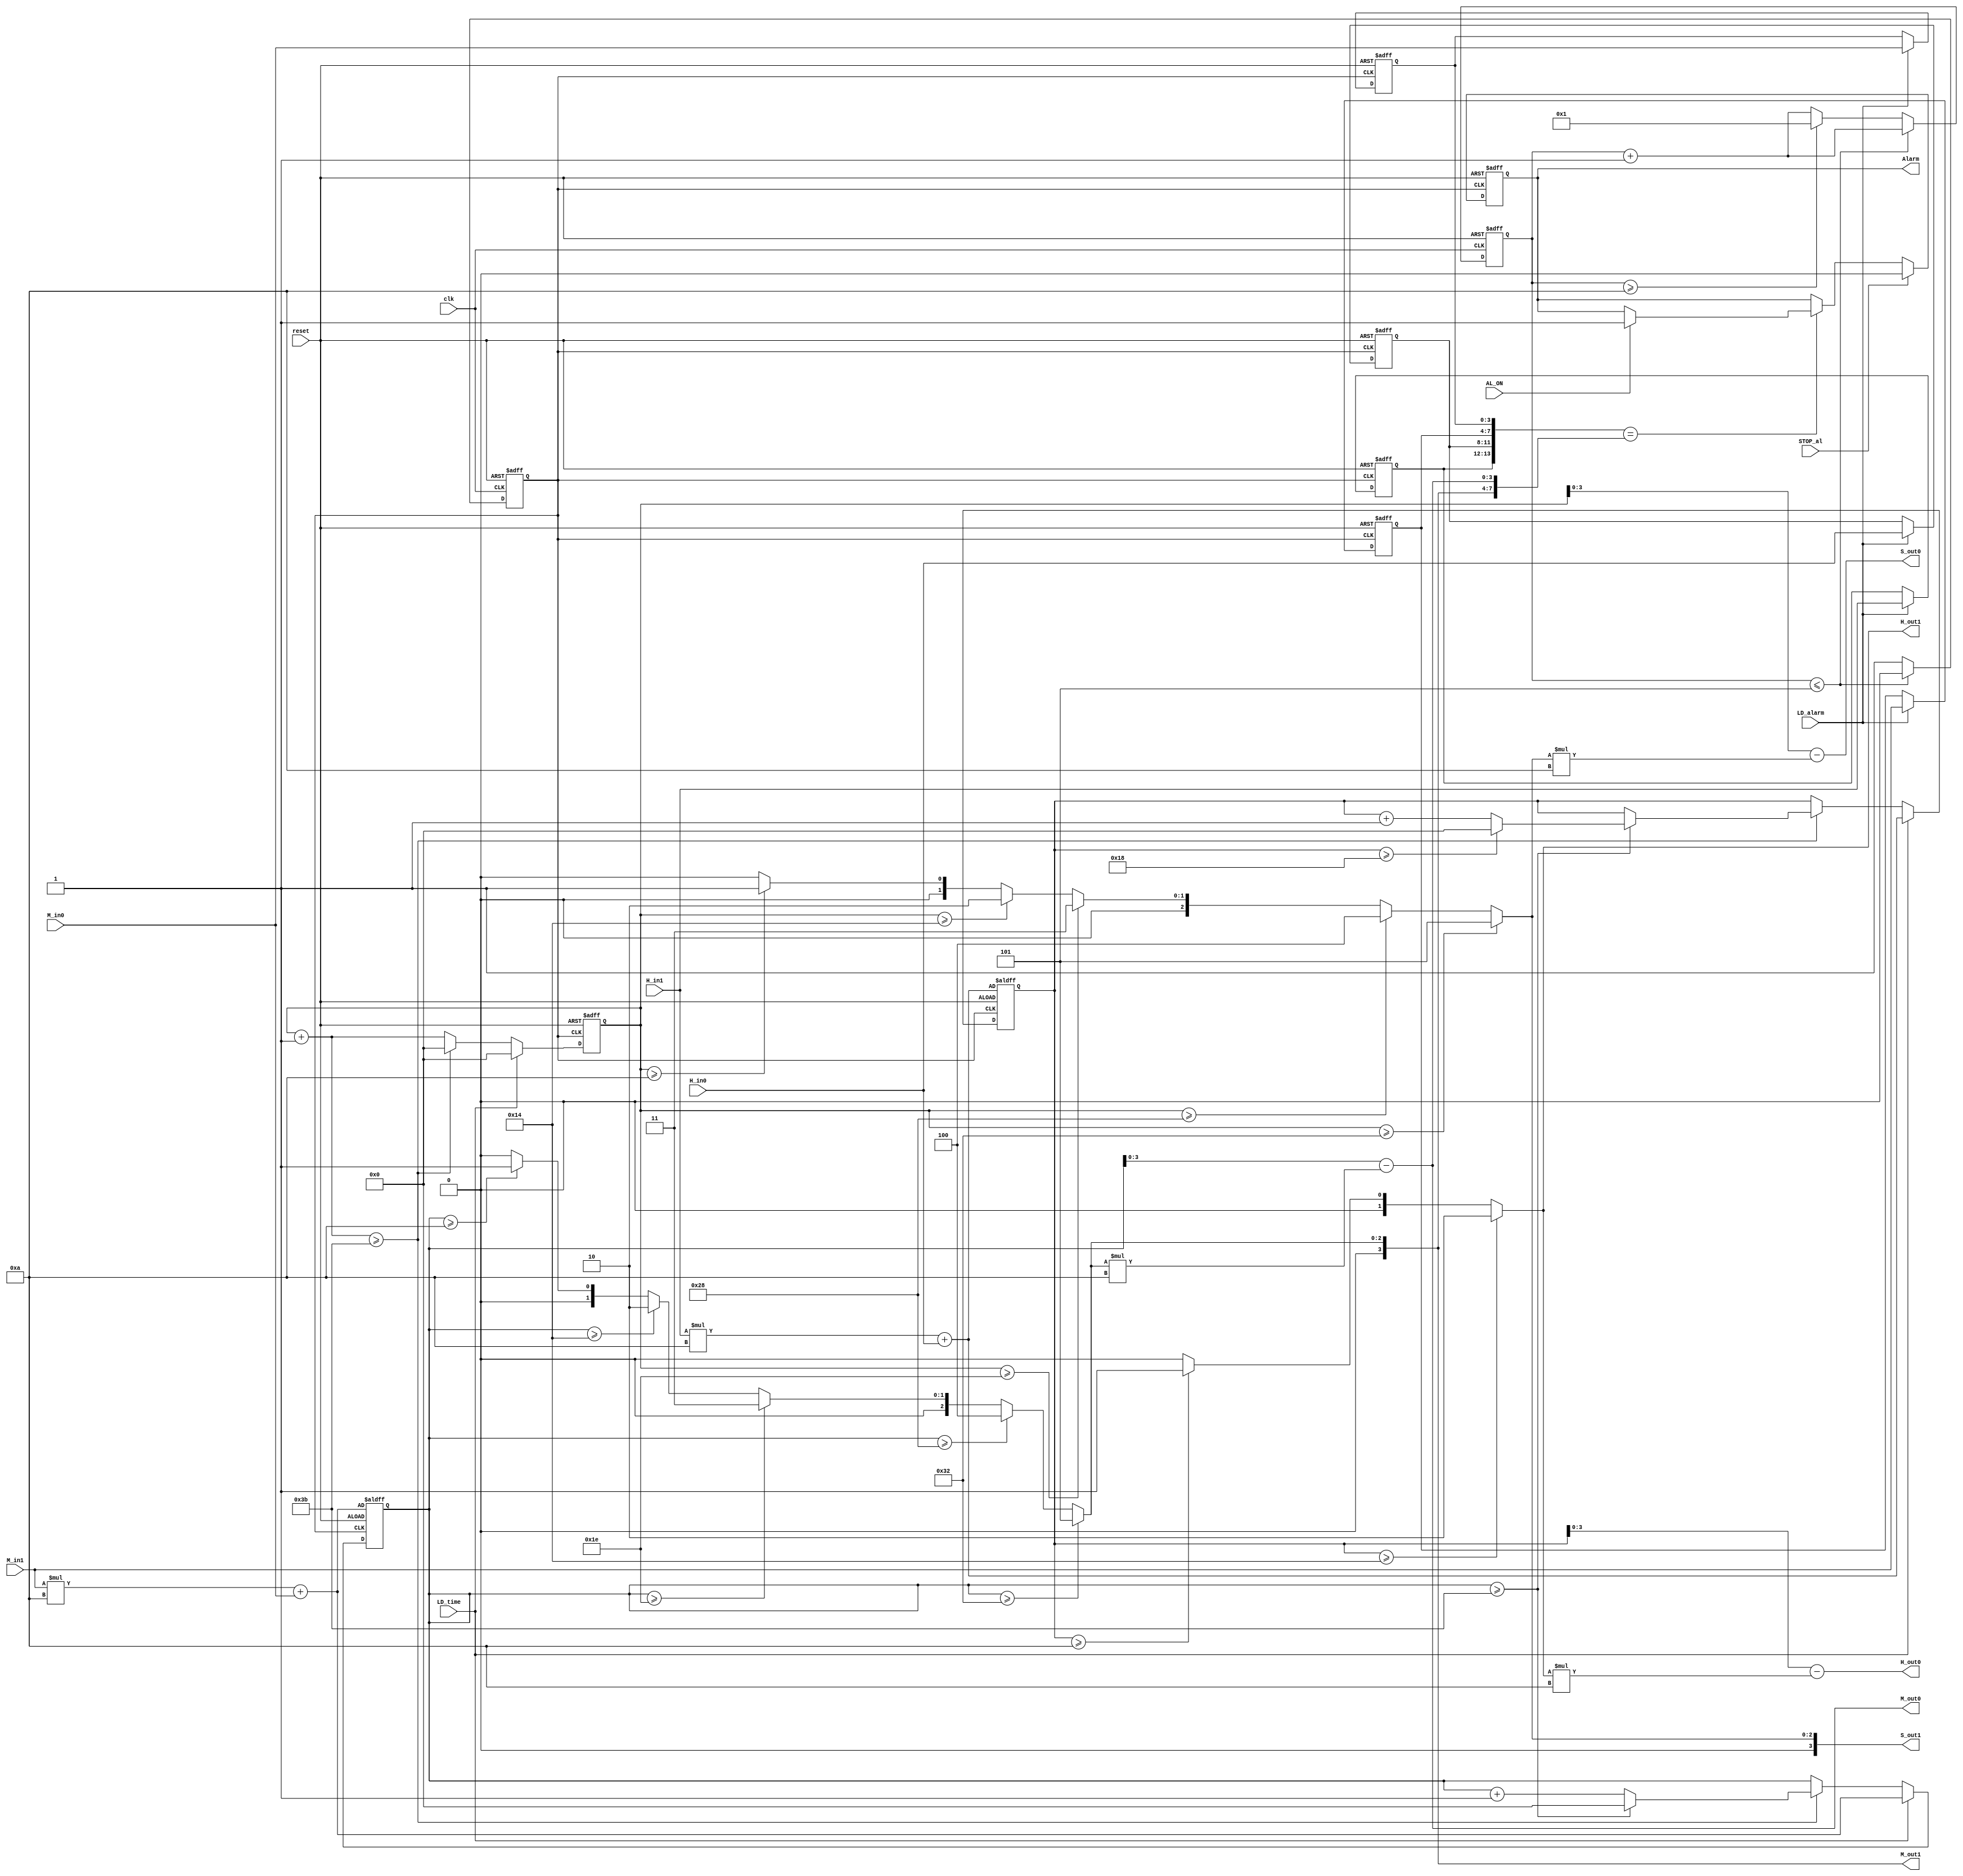
module Alarm_clock(
input reset,
input clk,
input [1:0] H_in1,
input [3:0] H_in0,
input [3:0] M_in1,
input [3:0] M_in0,
input LD_time,
input   LD_alarm,
input   STOP_al,
input   AL_ON,
output reg Alarm,
output [1:0]  H_out1,
output [3:0]  H_out0,
output [3:0]  M_out1,
output [3:0]  M_out0,
output [3:0]  S_out1,
output [3:0]  S_out0);

reg clk_1s;
reg [3:0] tmp_1s;
reg [5:0] tmp_hour, tmp_minute, tmp_second;
reg [1:0] c_hour1,a_hour1;
reg [3:0] c_hour0,a_hour0;
reg [3:0] c_min1,a_min1;
reg [3:0] c_min0,a_min0;
reg [3:0] c_sec1,a_sec1;
reg [3:0] c_sec0,a_sec0;

function [3:0] mod_10; /*returns MSB*/
input [5:0] number;
begin
mod_10 = (number>=50)?5:((number>=40)?4:((number>=30)?3:((number>=20)?2:((number>=10)?1:0))));
end
endfunction

always @(posedge clk_1s or posedge reset)
begin
if(reset)begin
a_hour1 <= 2'b00;
 a_hour0 <= 4'b0000;
 a_min1 <= 4'b0000;
 a_min0 <= 4'b0000;
 a_sec1 <= 4'b0000;
 a_sec0 <= 4'b0000;
 tmp_hour <= H_in1*10 + H_in0;
 tmp_minute <= M_in1*10 +M_in0;
 tmp_second <= 0;
 
end
else begin
if(LD_alarm)begin /* SET alarm */
 a_hour1 <= H_in1;
 a_hour0 <= H_in0;
 a_min1 <= M_in1;
 a_min0 <= M_in0;
 a_sec1 <= 4'b0000;
 a_sec0 <= 4'b0000;
end
if(LD_time)begin /*Set Time*/
 tmp_hour <= H_in1*10 + H_in0;
 tmp_minute <= M_in1*10 + M_in0;
 tmp_second <= 0;
end
else begin /* Clock Counting */
tmp_second = tmp_second +1;
 if(tmp_second >=59) begin
 tmp_minute <= tmp_minute + 1;
 tmp_second <= 0;
 if(tmp_minute >=59) begin
 tmp_minute <= 0;
 tmp_hour <= tmp_hour + 1;
 if(tmp_hour >= 24) begin
 tmp_hour <= 0;
 end
end
end 
end
end
end
always @(posedge clk or posedge reset) /* convert 10hz clock to 1hz */
begin
if(reset)
begin
tmp_1s <=0;
clk_1s <=0;
end
else begin
tmp_1s <= tmp_1s +1;
if(tmp_1s<=5) 
clk_1s <=0;
else if(tmp_1s >=10)begin
clk_1s <= 1;
tmp_1s <= 1;
end
else 
clk_1s <= 1;
end
end
always @(*) begin

 if(tmp_hour>=20) begin /* setting time */
 c_hour1 = 2;
 end
 else begin
 if(tmp_hour >=10) 
 c_hour1  = 1;
 else
 c_hour1 = 0;
 end
 c_hour0 = tmp_hour - c_hour1*10; 
 c_min1 = mod_10(tmp_minute); 
 c_min0 = tmp_minute - c_min1*10;
 c_sec1 = mod_10(tmp_second);
 c_sec0 = tmp_second - c_sec1*10; 
 end


always @(posedge clk_1s or posedge reset) /* Trigger alarm */
begin
 if(reset)
 Alarm <=0;

 else begin
 if({a_hour1,a_hour0,a_min1,a_min0}=={c_hour1,c_hour0,c_min1,c_min0})
 begin
 if(AL_ON) Alarm <= 1; 
 end
 if(STOP_al)begin Alarm <=0;
 end
 
 end
 end
 assign H_out1 = c_hour1; 
 assign H_out0 = c_hour0; 
 assign M_out1 = c_min1; 
 assign M_out0 = c_min0; 
 assign S_out1 = c_sec1;
 assign S_out0 = c_sec0;

endmodule